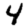
Digit: 4